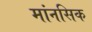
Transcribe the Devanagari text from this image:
मांनसिक